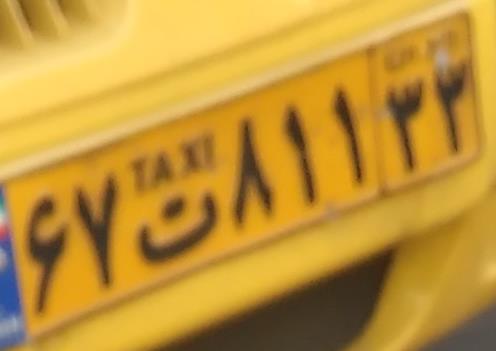
۶۷ت۸۱۱۳۳